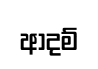
ආදම්